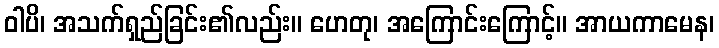
ဝါပိ၊ အသက်ရှည်ခြင်း၏လည်း။ ဟေတု၊ အကြောင်းကြောင့်။ အာယကာမေန၊